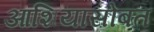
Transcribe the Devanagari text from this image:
आशियासोबत